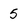
Character: 5